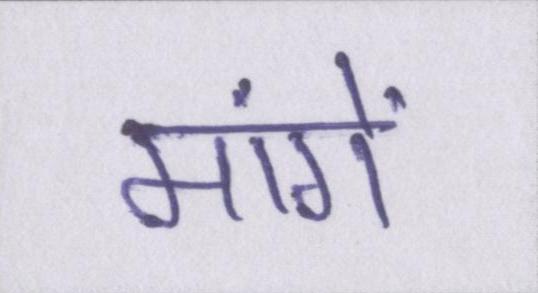
मांगें